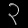
Digit: ၃